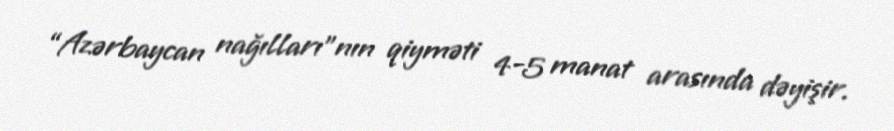
“Azərbaycan nağılları”nın qiyməti 4-5 manat arasında dəyişir.